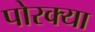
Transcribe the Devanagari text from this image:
पोरक्या